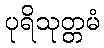
ပုရိသုတ္တမံ